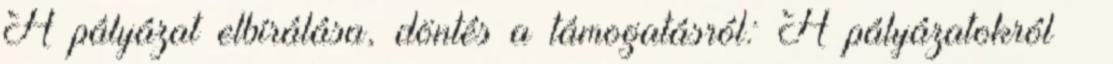
A pályázat elbírálása, döntés a támogatásról: A pályázatokról –